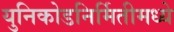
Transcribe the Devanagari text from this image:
युनिकोडनिर्मितीमध्ये